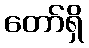
တော်ရှိ